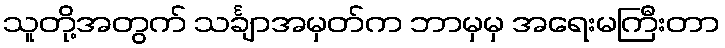
သူတို့အတွက် သင်္ချာအမှတ်က ဘာမှမှ အရေးမကြီးတာ